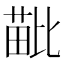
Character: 𣬍